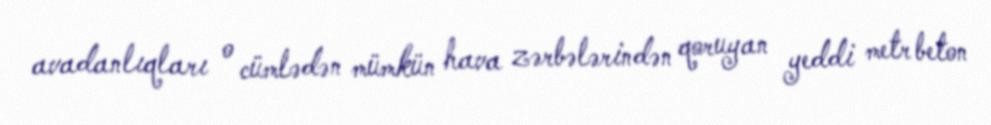
avadanlıqları o cümlədən mümkün hava zərbələrindən qoruyan yeddi metr beton